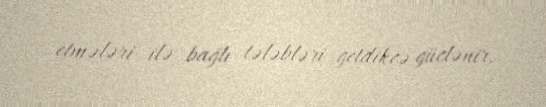
etmələri ilə bağlı tələbləri getdikcə güclənir.